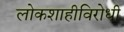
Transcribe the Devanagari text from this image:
लोकशाहीविरोधी